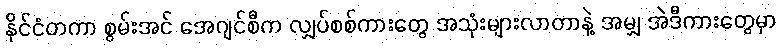
နိုင်ငံတကာ စွမ်းအင် အေဂျင်စီက လျှပ်စစ်ကားတွေ အသုံးများလာတာနဲ့ အမျှ အဲဒီကားတွေမှာ